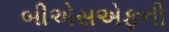
બીએસએફની